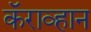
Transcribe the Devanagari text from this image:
कॅराव्हान